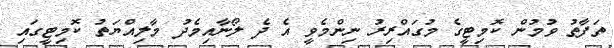
ތަފާތު ވުމުން ކޮމިޓީގެ މުގައްރިރު ނިންމެވީ އެ ދެ ލޯނާއިމެދު މާލިއްޔަތު ކޮމިޓީގައި